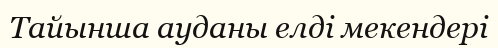
Тайынша ауданы елді мекендері